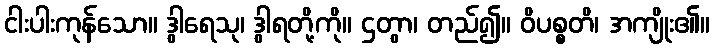
ငါးပါးကုန်သော။ ဒွါရေသု၊ ဒွါရတို့ကို။ ဌတွာ၊ တည်၍။ ဝိပစ္စတိ၊ အကျိုး၏။